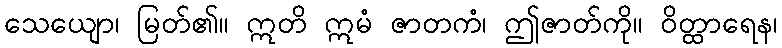
သေယျော၊ မြတ်၏။ ဣတိ ဣမံ ဇာတကံ၊ ဤဇာတ်ကို။ ဝိတ္ထာရေန၊